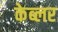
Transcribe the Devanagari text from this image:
केब्लर